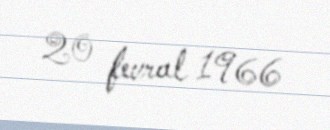
20 fevral 1966